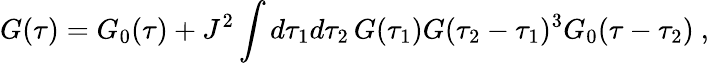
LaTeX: G(\tau)=G_{0}(\tau)+J^{2}\int d\tau_{1}d\tau_{2}\, G(\tau_{1})G(\tau_{2}-\tau_{1})^{3}G_{0}(\tau-\tau_{2})~,